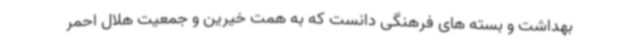
بهداشت و بسته های فرهنگی دانست که به همت خیرین و جمعیت هلال احمر